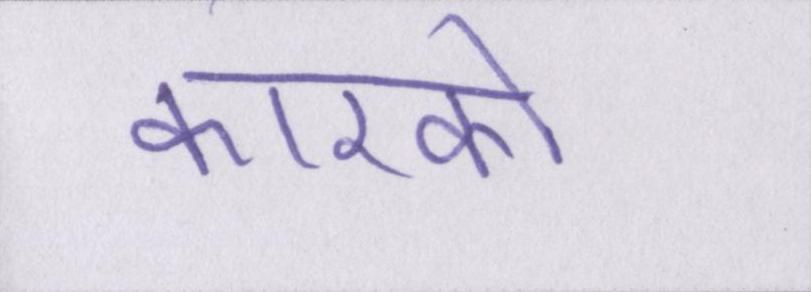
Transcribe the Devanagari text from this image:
कारको